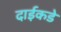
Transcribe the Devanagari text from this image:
दाईकडे